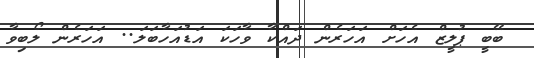
ބޭބީ ޕުލީޒް އެހަށް އަހަރެން ދައްކާ ވާހަކަ އަޑުއަހާބަލަ.. އަހަރެން ލޯބިވާ